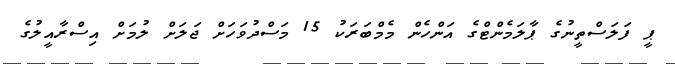
ޕީ ފަލަސްތީނުގެ ޕާލަމެންޓްގެ އަންހެން މެމްބަރަކު 15 މަސްދުވަހަށް ޖަލަށް ލުމަށް އިސްރާއީލުގެ